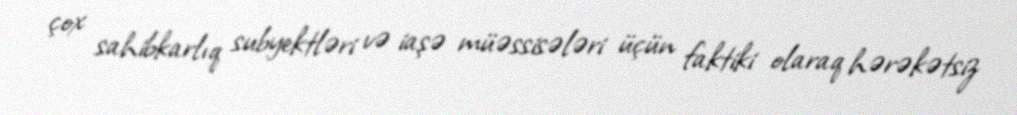
çox sahibkarlıq subyektləri və iaşə müəssisələri üçün faktiki olaraq hərəkətsiz